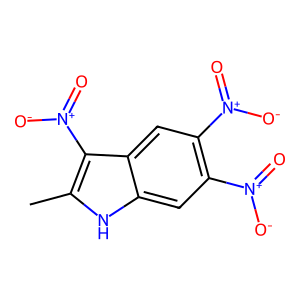
SMILES: Cc1[nH]c2cc([N+](=O)[O-])c([N+](=O)[O-])cc2c1[N+](=O)[O-]
Inhibits HIV replication: No